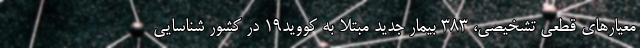
معیارهای قطعی تشخیصی، ۳۸۳ بیمار جدید مبتلا به کووید۱۹ در کشور شناسایی